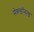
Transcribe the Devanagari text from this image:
मेकडॉनल्ड